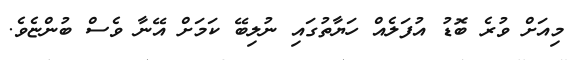
މިއަށް ވުރެ ބޮޑު އުފަލެއް ހަޔާތުގައި ނުލިބޭ ކަމަށް އޭނާ ވެސް ބުންޏެވެ.